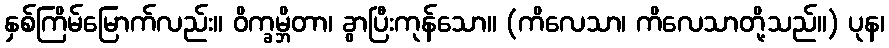
နှစ်ကြိမ်မြောက်လည်း။ ဝိက္ခမ္ဘိတာ၊ ခွာပြီးကုန်သော။ (ကိလေသာ၊ ကိလေသာတို့သည်။) ပုန၊